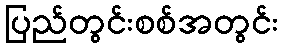
ပြည်တွင်းစစ်အတွင်း